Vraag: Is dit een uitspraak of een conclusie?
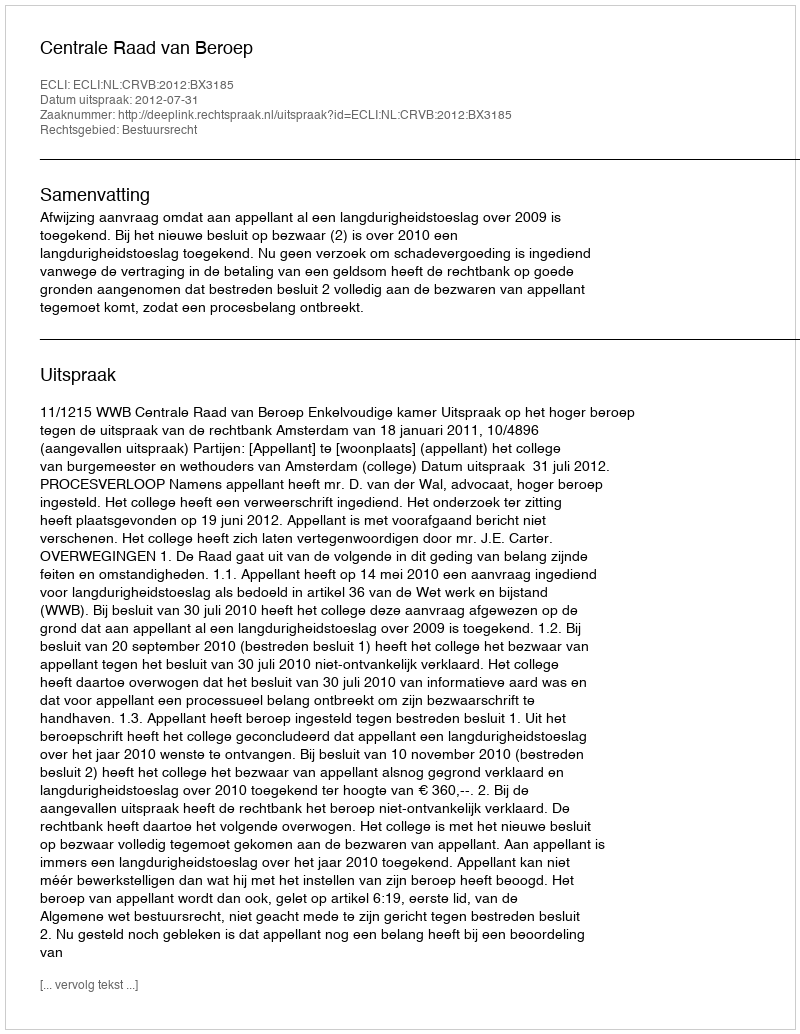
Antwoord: Uitspraak